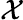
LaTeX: \cal X